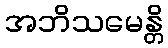
အဘိသမေန္တိ